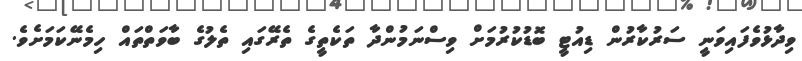
ވިދާޅުވެފައިވަނީ ސަރުކާރުން ޑިއުޓީ ބޮޑުކުރުމަށް ވިސްނަމުންދާ ތަކެތީގެ ތެރޭގައި ތެލުގެ ބާވަތްތައް ހިމެނޭކަމަށެވެ.